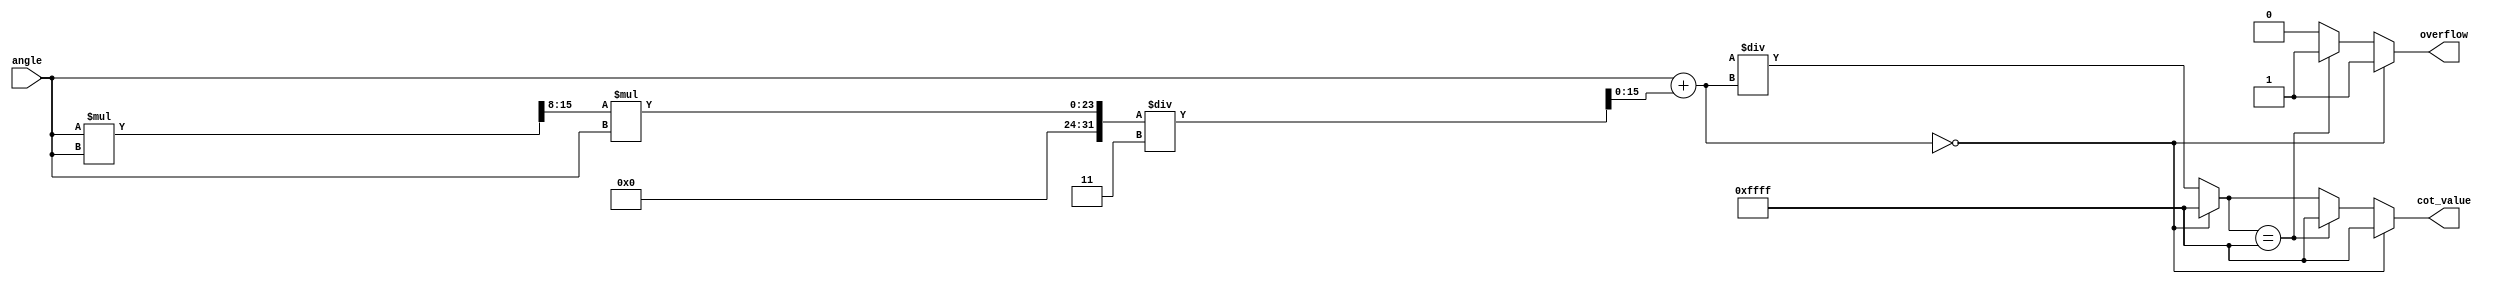
module cotangent (
    input wire [15:0] angle,        // Input angle in radians (fixed-point)
    output reg [15:0] cot_value,    // Output cotangent value (fixed-point)
    output reg overflow              // Overflow indicator
);

// Internal signals
reg [15:0] tan_value;
reg [15:0] reciprocal;

// Function to calculate tangent using Taylor series approximation
function [15:0] taylor_tan;
    input [15:0] x; // Input angle in radians
    reg [15:0] x_squared;
    begin
        // Taylor series expansion: tan(x)  x + x^3/3 + x^5/5 + ...
        x_squared = (x * x) >> 8; // x^2, scaled down for fixed-point
        taylor_tan = x + (x_squared * x) / 3; // x + x^3/3
        // Note: Higher order terms can be added for more precision
    end
endfunction

// Function to calculate reciprocal
function [15:0] reciprocal_calc;
    input [15:0] value; // Value to compute reciprocal of
    begin
        if (value == 0) begin
            reciprocal_calc = 16'hFFFF; // Indicate overflow (infinity)
        end else begin
            reciprocal_calc = (16'h10000 / value); // Fixed-point division
        end
    end
endfunction

always @(*) begin
    // Initialize overflow flag
    overflow = 0;

    // Calculate tangent
    tan_value = taylor_tan(angle);

    // Check for edge cases (tangent near zero)
    if (tan_value == 0) begin
        cot_value = 16'hFFFF; // Output infinity
        overflow = 1;         // Set overflow flag
    end else begin
        // Calculate cotangent as reciprocal of tangent
        reciprocal = reciprocal_calc(tan_value);
        
        // Check for overflow in reciprocal calculation
        if (reciprocal == 16'hFFFF) begin
            cot_value = 16'hFFFF; // Output infinity
            overflow = 1;         // Set overflow flag
        end else begin
            cot_value = reciprocal; // Valid cotangent result
        end
    end
end

endmodule